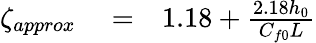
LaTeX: \begin{array}{rlr}{\zeta_{approx}}&{{}=}&{1.18+\frac{2.18h_{0}}{C_{f0}L}}\end{array}